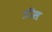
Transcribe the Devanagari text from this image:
त्रीस